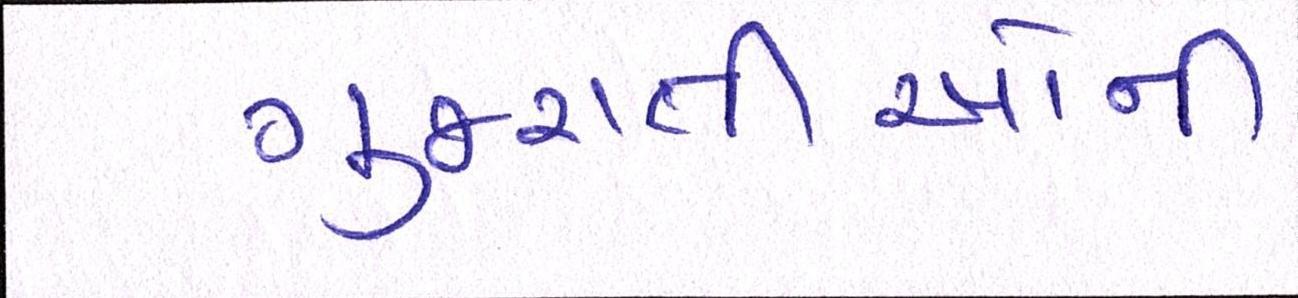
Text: ગુજરાતીઓની